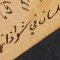
اللسان في شواذاتها،